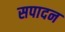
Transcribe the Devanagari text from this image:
सपादन